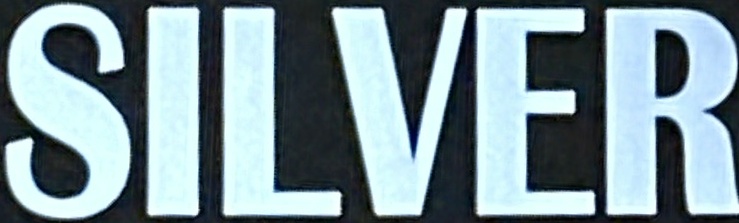
SILVER